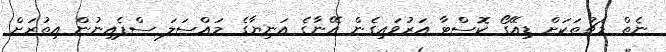
ނެތް މެޗުތަކަށް ޑިއޭގޯ ކޮސްޓާ އަރުވައިގެން އޭނާގެ އަނިޔާގެ މައްސަލަ ސްޕެއިނުން އިތުރަށް